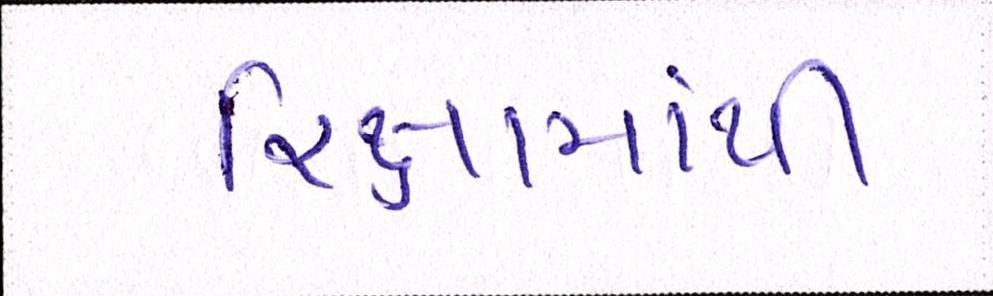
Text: રિક્ષામાંથી